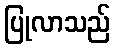
ပြုလာသည်